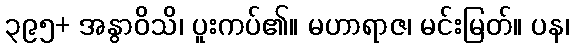
၃၉၅+ အနွာဝိသိ၊ ပူးကပ်၏။ မဟာရာဇ၊ မင်းမြတ်။ ပန၊